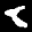
Label: 8